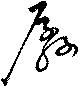
孱